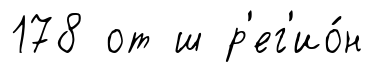
178 от ш р'ег'ио́н